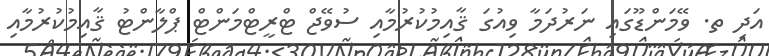
އަދި ތ. ވޭމަންޑޫގައި ނަރުދަމާ ވިއުގަ ޤާއިމުކުރުމާއި ސުވޭޖް ޓްރީޓްމަންޓް ޕްލާންޓު ޤާއިމުކުރުމާއި